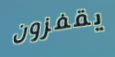
يقفزون